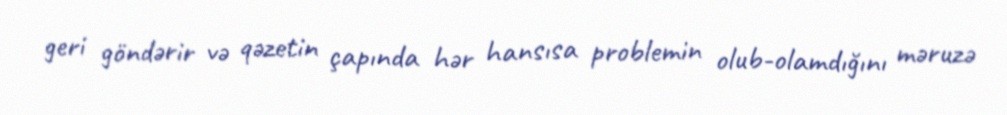
geri göndərir və qəzetin çapında hər hansısa problemin olub-olamdığını məruzə